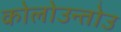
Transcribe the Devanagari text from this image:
कोलोउन्तोउ